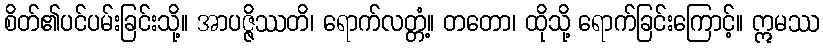
စိတ်၏ပင်ပမ်းခြင်းသို့။ အာပဇ္ဇိဿတိ၊ ရောက်လတ္တံ့။ တတော၊ ထိုသို့ ရောက်ခြင်းကြောင့်။ ဣမဿ